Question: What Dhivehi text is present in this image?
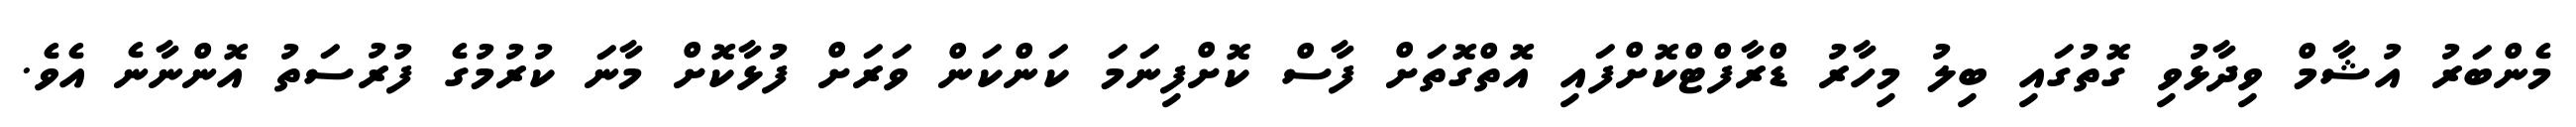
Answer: މެންބަރު އުޝާމް ވިދާޅުވި ގޮތުގައި ބިލު މިހާރު ޑްރާފްޓްކޮށްފައި އޮތްގޮތަށް ފާސް ކޮށްފިނަމަ ކަންކަން ވަރަށް ފުޅާކޮށް މާނަ ކުރުމުގެ ފުރުސަތު އޮންނާނެ އެވެ.